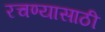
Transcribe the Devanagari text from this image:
रचण्यासाठी